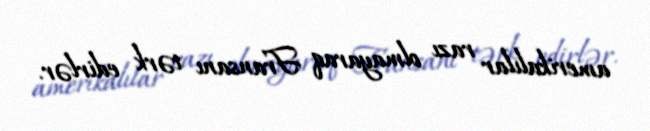
amerikalılar razı olmayaraq Fransanı tərk edirlər.